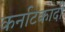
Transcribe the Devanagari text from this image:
कर्नाटकादी